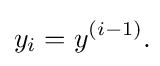
y_{i}=y^{(i-1)}.\!